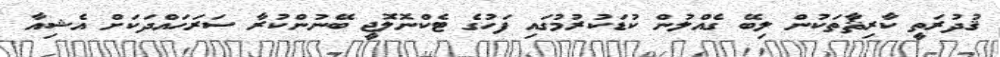
ޤުދުރަތީ ކާރިޘާތަކުން ލިބޭ ގެއްލުން ކުޑަކުރުމުގައި ފަހުގެ ޓެކްނޮލޮޖީ ބޭނުންކުރާ ސަރަހައްދަކަށް އެޝިއާ